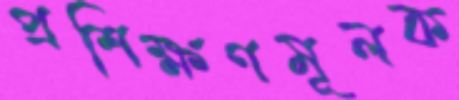
প্রশিক্ষণমূলক